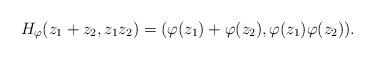
LaTeX: \begin{align*}H_\varphi (z_1 + z_2, z_1z_2)= (\varphi (z_1) + \varphi(z_2), \varphi (z_1) \varphi(z_2)).\end{align*}